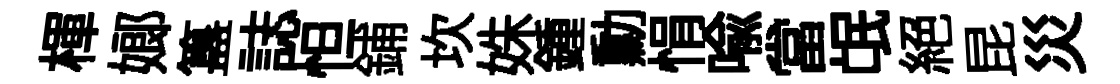
楎嫏簋誌怛鋪坎姝鍾勳悁喩當氓絕昆災